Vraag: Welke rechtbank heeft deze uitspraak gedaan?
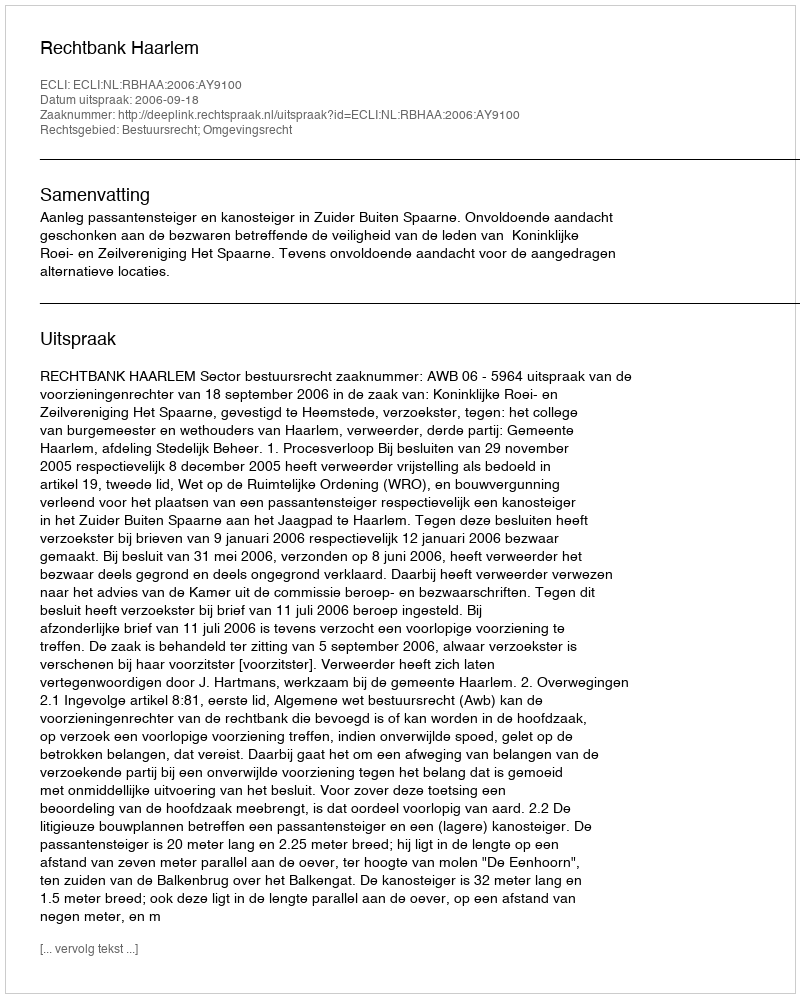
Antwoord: Rechtbank Haarlem